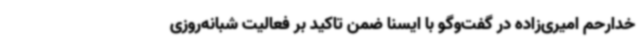
خدارحم امیری‌زاده در گفت‌وگو با ایسنا ضمن تاکید بر فعالیت شبانه‌روزی